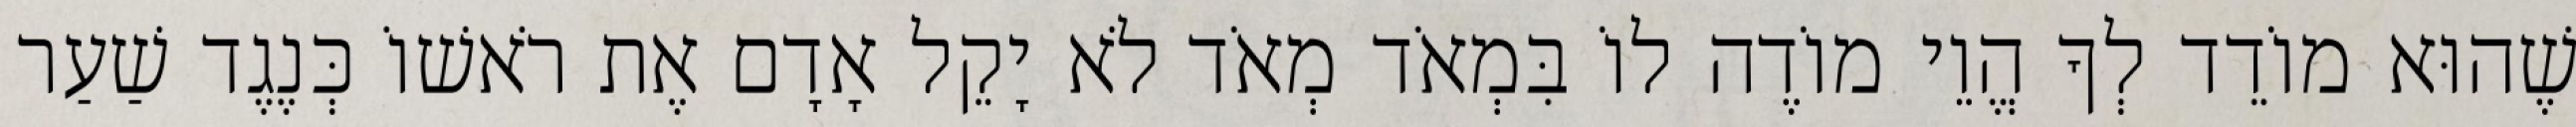
שֶׁהוּא מוֹדֵד לְךָ הֱוֵי מוֹדֶה לוֹ בִּמְאֹד מְאֹד לֹא יָקֵל אָדָם אֶת רֹאשׁוֹ כְּנֶגֶד שַׁעַר